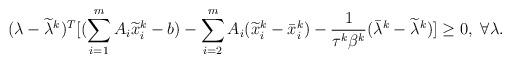
LaTeX: \begin{align*}(\lambda-\widetilde{\lambda}^k)^T[(\sum_{i=1}^{m}A_i\widetilde{x}_i^k-b)-\sum_{i=2}^{m}A_i(\widetilde{x}_i^k-\bar{x}_i^k)-\frac{1}{\tau^k\beta^k}( \bar{\lambda}^k- \widetilde{\lambda}^k)]\geq0,~\forall \lambda.\end{align*}